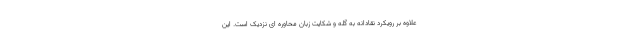
علاوه بر رویکرد نقادانه به گله و شکایت زبان محاوره ای نزدیک است. این